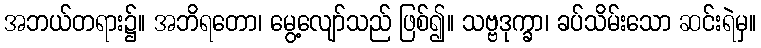
အဘယ်တရား၌။ အဘိရတော၊ မွေ့လျော်သည် ဖြစ်၍။ သဗ္ဗဒုက္ခာ၊ ခပ်သိမ်းသော ဆင်းရဲမှ။